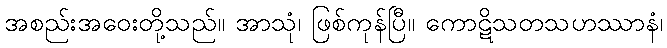
အစည်းအဝေးတို့သည်။ အာသုံ၊ ဖြစ်ကုန်ပြီ။ ကောဋိသတသဟဿာနံ၊